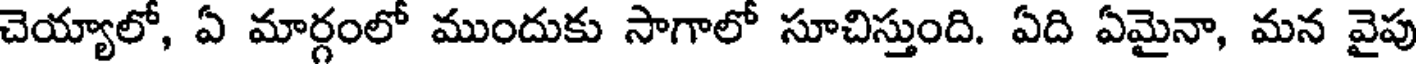
చెయ్యాలో, ఏ మార్గంలో ముందుకు సాగాలో సూచిస్తుంది. ఏది ఏమైనా, మన వైపు